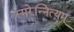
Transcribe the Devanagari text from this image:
स्मरेन्‍नित्यम्‌